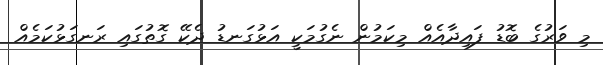
މި ވަރުގެ ބޮޑު ފައިދާއެއް މިކަމުން ނެގުމަކީ އަޅުގަނޑު ދެކޭ ގޮތުގައި ރަނގަޅުކަމެއް